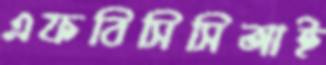
এফবিসিসিআই